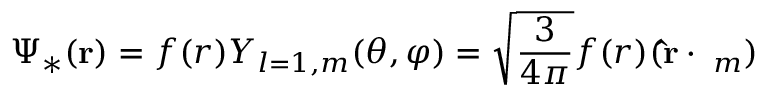
\Psi _ { * } ( { \bf r } ) = f ( r ) Y _ { l = 1 , m } ( \theta , \varphi ) = \sqrt { \frac { 3 } { 4 \pi } } f ( r ) ( { \bf \hat { r } } \cdot { \bf \varepsilon } _ { m } )